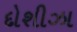
દોશીઝા